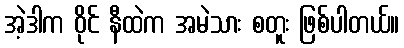
အဲ့ဒါက ဝိုင် နီထဲက အမဲသား စတူး ဖြစ်ပါတယ်။